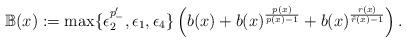
LaTeX: \begin{align*}\mathbb{B}(x):= \max\{\epsilon_2^{p'_-},\epsilon_1,\epsilon_4\} \left( b(x) + b(x)^{\frac{p(x)}{p(x)-1}} + b(x)^{\frac{r(x)}{\tilde{r}(x)-1}} \right).\end{align*}